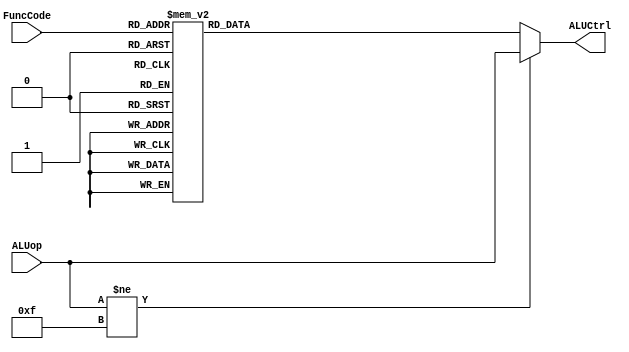
`timescale 1ns / 1ps

`define SLLFunc     6'b000000
`define SRLFunc     6'b000010
`define SRAFunc     6'b000011
`define ADDFunc     6'b100000
`define ADDUFunc    6'b100001
`define SUBFunc     6'b100010
`define SUBUFunc    6'b100011
`define ANDFunc     6'b100100
`define ORFunc      6'b100101
`define XORFunc     6'b100110
`define NORFunc     6'b100111
`define SLTFunc     6'b101010
`define SLTUFunc    6'b101011

// defines used for the opcode control
`define AND 4'b0000
`define OR 4'b0001
`define ADD 4'b0010
`define SLL 4'b0011
`define SRL 4'b0100
`define SUB 4'b0110
`define SLT 4'b0111
`define ADDU 4'b1000
`define SUBU 4'b1001
`define XOR 4'b1010
`define SLTU 4'b1011
`define NOR 4'b1100
`define SRA 4'b1101
`define LUI 4'b1110

module ALUControl(
    ALUCtrl, ALUop, FuncCode
    );
    input wire [3:0] ALUop;     // ALU Operation to be performed
    input wire [5:0] FuncCode;  //  Func code from the instruction
    output reg [3:0] ALUCtrl;   // ALU control o/p to ALU
    // The design is purely combinational. 
    // Outputs are driven based on the input of ALUop, and FuncCode(from instruction)
    always @(*) begin
      if(ALUop!=4'b1111) begin
        ALUCtrl = ALUop;
      end
      else begin
        case(FuncCode)
          `SLLFunc: ALUCtrl = `SLL;
          `SRLFunc: ALUCtrl = `SRL;
          `SRAFunc: ALUCtrl = `SRA;
          `ADDFunc: ALUCtrl = `ADD;
          `ADDUFunc: ALUCtrl = `ADDU;
          `SUBFunc: ALUCtrl = `SUB;
          `SUBUFunc: ALUCtrl = `SUBU;
          `ANDFunc: ALUCtrl = `AND;
          `ORFunc: ALUCtrl = `OR;
          `XORFunc: ALUCtrl = `XOR;
          `NORFunc: ALUCtrl = `NOR;
          `SLTFunc: ALUCtrl = `SLT;
          `SLTUFunc: ALUCtrl = `SLTU;
          default: ALUCtrl = 4'bx;  
        endcase
      end
    end
endmodule